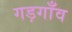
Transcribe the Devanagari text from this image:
गड़गाँव